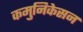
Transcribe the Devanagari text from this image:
कमुनिकेसन